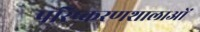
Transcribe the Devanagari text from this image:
परिष्करणशालाओं